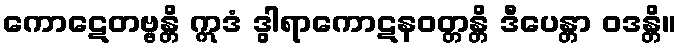
ကောဋေတဗ္ဗန္တိ ဣဒံ ဒွါရာကောဋနဝတ္တန္တိ ဒီပေန္တာ ဝဒန္တိ။